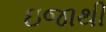
ઇજાથી